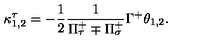
\kappa _ { 1 , 2 } ^ { \tau } = - \frac { 1 } { 2 } \frac { 1 } { \Pi _ { \tau } ^ { + } \mp \Pi _ { \sigma } ^ { + } } \Gamma ^ { + } \theta _ { 1 , 2 } .